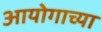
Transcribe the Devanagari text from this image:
आयोगाच्‍या